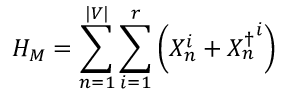
H _ { M } = \sum _ { n = 1 } ^ { | V | } \sum _ { i = 1 } ^ { r } \left( X _ { n } ^ { i } + { X _ { n } ^ { \dagger } } ^ { i } \right)